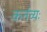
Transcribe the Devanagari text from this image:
कर्तव्यः